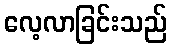
လေ့လာခြင်းသည်